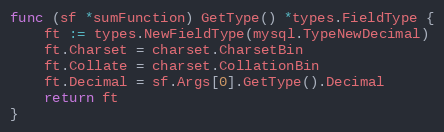
Language: Go
func (sf *sumFunction) GetType() *types.FieldType {
	ft := types.NewFieldType(mysql.TypeNewDecimal)
	ft.Charset = charset.CharsetBin
	ft.Collate = charset.CollationBin
	ft.Decimal = sf.Args[0].GetType().Decimal
	return ft
}